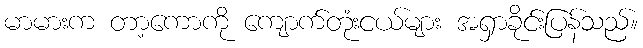
မာမားက တာ့ကောကို ကျောက်တုံးငယ်များ အရှာခိုင်းပြန်သည်။